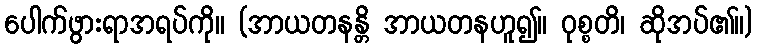
ပေါက်ဖွားရာအရပ်ကို။ (အာယတနန္တိ အာယတနဟူ၍။ ဝုစ္စတိ၊ ဆိုအပ်၏။)